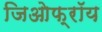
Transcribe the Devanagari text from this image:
जिओफ्रॉय